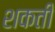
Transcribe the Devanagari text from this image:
शकती